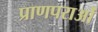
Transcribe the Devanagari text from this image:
प्राणपराओं